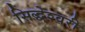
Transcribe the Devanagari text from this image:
सिद्धेश्‍वरी